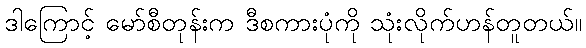
ဒါကြောင့် မော်စီတုန်းက ဒီစကားပုံကို သုံးလိုက်ဟန်တူတယ်။